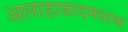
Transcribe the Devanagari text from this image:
अलाहाबादमधल्या